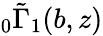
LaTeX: {}_{0}\tilde{\Gamma}_{1}(b,z)